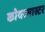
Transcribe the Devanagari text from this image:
कोयरमास्टर